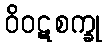
ဝိဝဋစက္ခု